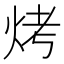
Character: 烤